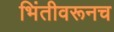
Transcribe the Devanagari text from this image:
भिंतीवरूनच